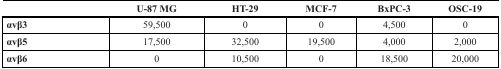
<table><thead><tr><td></td><td><b>U-87 MG</b></td><td><b>HT-29</b></td><td><b>MCF-7</b></td><td><b>BxPC-3</b></td><td><b>OSC-19</b></td></tr></thead><tbody><tr><td><b>αvβ3</b></td><td>59,500</td><td>0</td><td>0</td><td>4,500</td><td>0</td></tr><tr><td><b>αvβ5</b></td><td>17,500</td><td>32,500</td><td>19,500</td><td>4,000</td><td>2,000</td></tr><tr><td><b>αvβ6</b></td><td>0</td><td>10,500</td><td>0</td><td>18,500</td><td>20,000</td></tr></tbody></table>